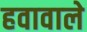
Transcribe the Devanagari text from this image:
हवावाले